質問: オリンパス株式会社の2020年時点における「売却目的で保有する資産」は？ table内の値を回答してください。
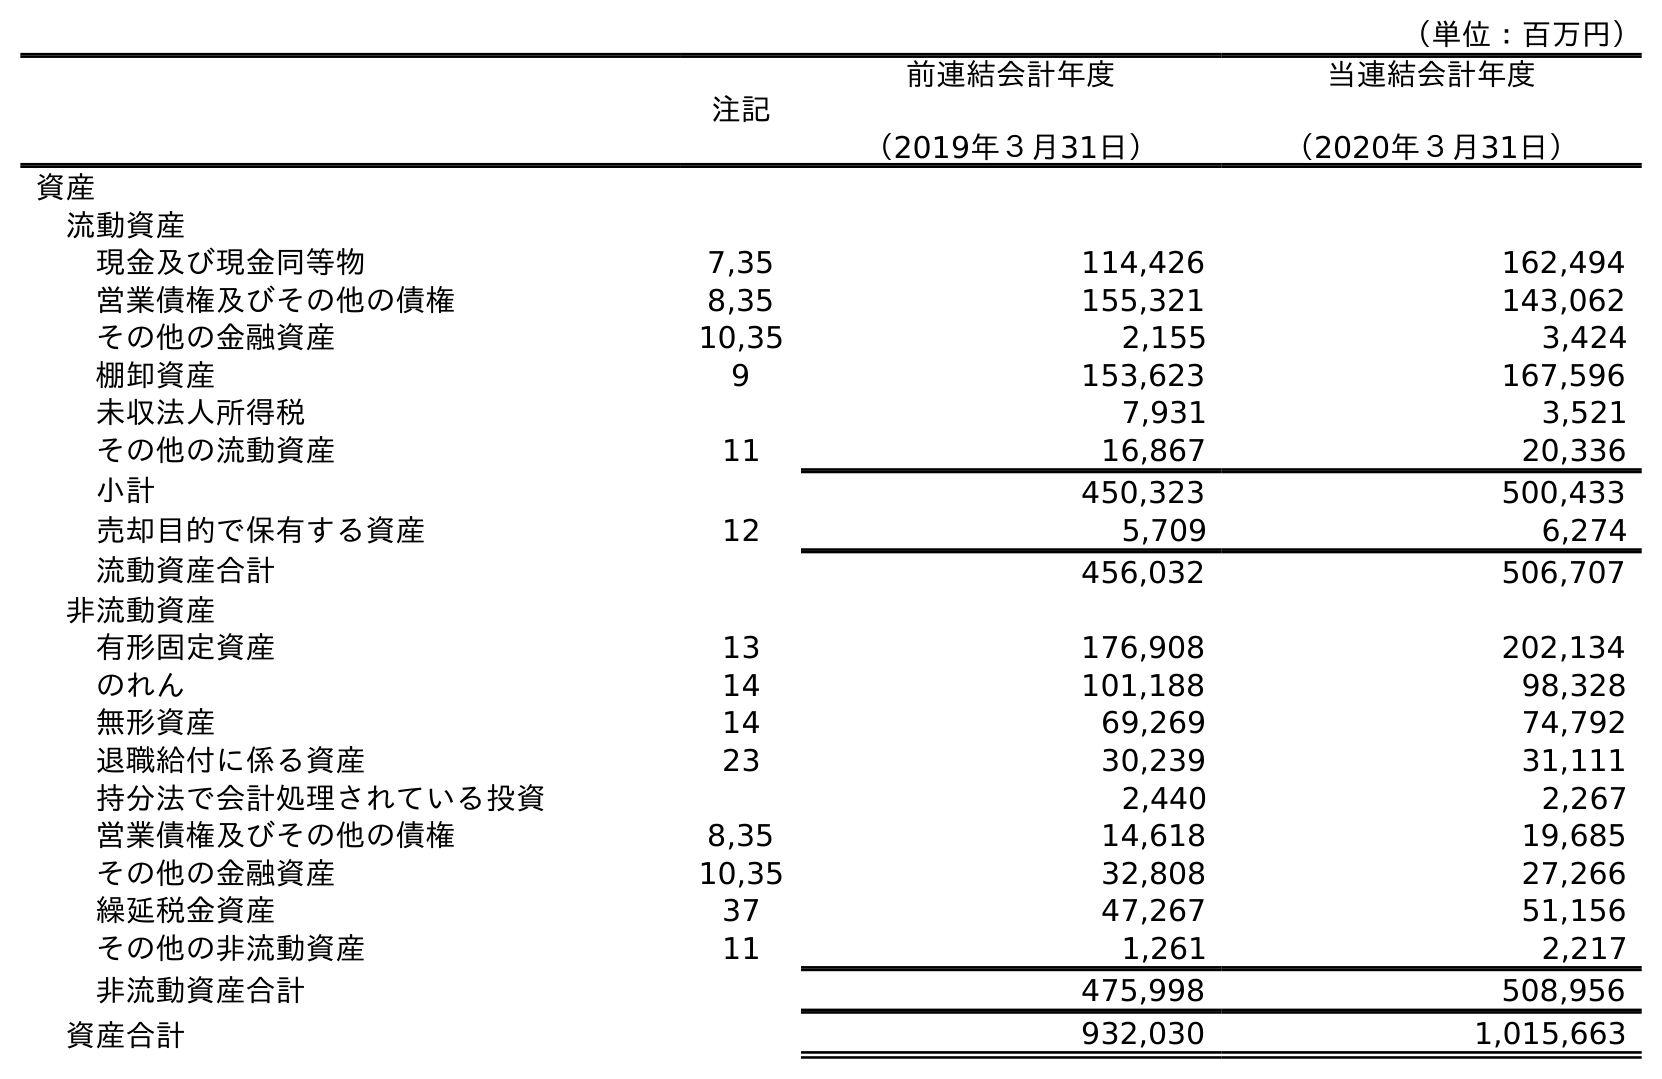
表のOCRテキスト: （単位：百万円） 注記 前連結会計年度 （2019年３月31日） 当連結会計年度 （2020年３月31日） 資産 流動資産 現金及び現金同等物 7,35 114,426 162,494 営業債権及びその他の債権 8,35 155,321 143,062 その他の金融資産 10,35 2,155 3,424 棚卸資産 9 153,623 167,596 未収法人所得税 7,931 3,521 その他の流動資産 11 16,867 20,336 小計 450,323 500,433 売却目的で保有する資産 12 5,709 6,274 流動資産合計 456,032 506,707 非流動資産 有形固定資産 13 176,908 202,134 のれん 14 101,188 98,328 無形資産 14 69,269 74,792 退職給付に係る資産 23 30,239 31,111 持分法で会計処理されている投資 2,440 2,267 営業債権及びその他の債権 8,35 14,618 19,685 その他の金融資産 10,35 32,808 27,266 繰延税金資産 37 47,267 51,156 その他の非流動資産 11 1,261 2,217 非流動資産合計 475,998 508,956 資産合計 932,030 1,015,663
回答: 6,274